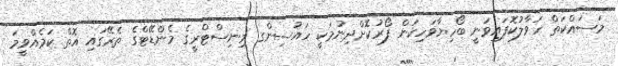
މަސައްކަތް ހަވާލުކޮފައިވަނީ ބޯހިޔާވަހިކަން ފޯރުކޮށްދިނުމަކީ ހައުސިންގ މިނިސްޓްރީގެ މެންޑޭޓްގެ ތެރޭގައި އޮތް ކަމެއްވީމަ